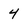
Character: 4